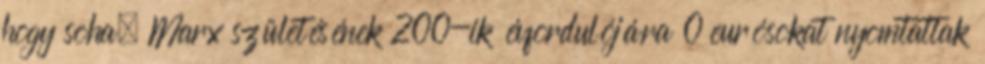
hogy soha. Marx születésének 200-ik évfordulójára 0 eurósokat nyomtattak